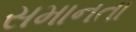
સમાનતા